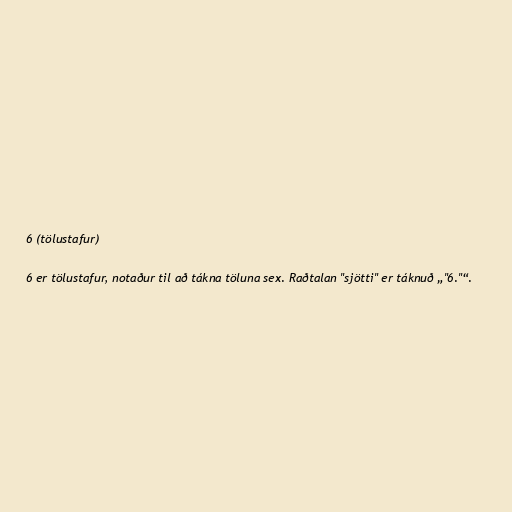
6 (tölustafur)

6 er tölustafur, notaður til að tákna töluna sex. Raðtalan "sjötti" er táknuð „"6."“.